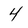
Character: 4